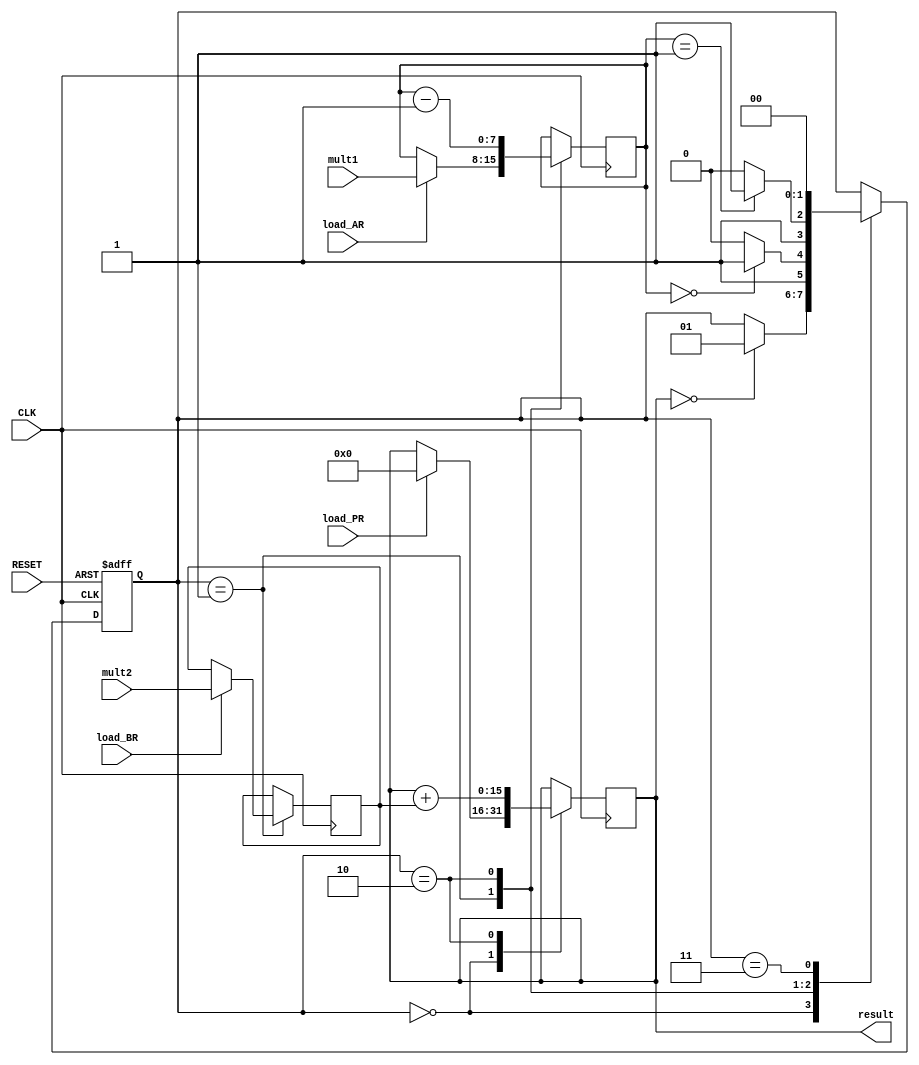
// Grupo 06
// Integrantes
// Marcelo Takayama Russo - 13680164
// Victor Pedreira Santos de Pepe - 13679565
// Thainara de Assis Goulart - 13874413
// Implementao do circuito do Grupo 21
// Nota Projeto do grupo:  7/10

module Multiplicador8bits(
    input load_AR, load_BR, load_PR,
    input wire[7:0] mult1,
    input wire[7:0] mult2,
    input  CLK,
    input  RESET, // inicializar o estado, pois ele comea indefinido -> eles no usam no projeto deles, mas pode usar por esta implicito no registrador
    output wire[15:0] result
);

reg [7:0] AR, BR;
reg [15:0] PR;
reg [1:0] estado;

parameter IDLE = 2'b00, COMECA = 2'b01, MULT = 2'b10, VALOR = 2'b11; //valor  para demonstrar que foi para estado que mostra o resultado final
assign result = PR;
// declara a mquina de estado e transita entre seus estados, a ASM em si, seu comportamento
always @(posedge CLK or posedge RESET) 
begin
    if (RESET == 1)
        estado <= IDLE;
    else 
    begin
        case (estado)
            IDLE: 
                if (PR == 0)
                    estado <= COMECA; 
            COMECA: 
                if (AR == 0)
                    estado <= VALOR;
                else
                    estado <= MULT;
            MULT: 
                if (AR == 1)
                    estado <= VALOR;
                else
                    estado <= MULT;
            VALOR: 
                estado <= IDLE;

        endcase
    end
end

// o que ocorrer em cada estado
always @(posedge CLK) 
begin
    case (estado)
        IDLE: 
            if (load_PR == 1) 
                PR <= 0;
        COMECA: begin
            if (load_AR == 1)
                AR <= mult1;
            if (load_BR == 1)
                BR <= mult2;
        end
        MULT: begin
            AR <= AR - 8'b1;
            PR <= PR + BR; 
        end
        
       
    endcase
end

endmodule